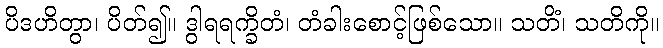
ပိဒဟိတွာ၊ ပိတ်၍။ ဒွါရရက္ခိတံ၊ တံခါးစောင့်ဖြစ်သော။ သတိံ၊ သတိကို။